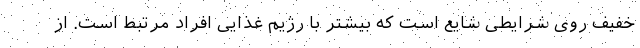
خفیف روی شرایطی شایع است که بیشتر با رژیم غذایی افراد مرتبط است. از